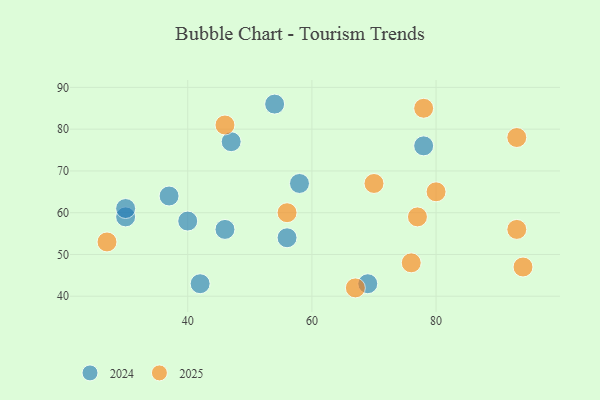
{"axis": {"x": "GDP", "y": "Life Expectancy"}, "legend": ["2024", "2025"], "data": [{"x": "56", "y": 54, "type": "2024"}, {"x": "46", "y": 56, "type": "2024"}, {"x": "78", "y": 76, "type": "2024"}, {"x": "30", "y": 59, "type": "2024"}, {"x": "42", "y": 43, "type": "2024"}, {"x": "47", "y": 77, "type": "2024"}, {"x": "54", "y": 86, "type": "2024"}, {"x": "40", "y": 58, "type": "2024"}, {"x": "37", "y": 64, "type": "2024"}, {"x": "69", "y": 43, "type": "2024"}, {"x": "30", "y": 61, "type": "2024"}, {"x": "58", "y": 67, "type": "2024"}, {"x": "67", "y": 42, "type": "2025"}, {"x": "70", "y": 67, "type": "2025"}, {"x": "76", "y": 48, "type": "2025"}, {"x": "80", "y": 65, "type": "2025"}, {"x": "93", "y": 78, "type": "2025"}, {"x": "78", "y": 85, "type": "2025"}, {"x": "94", "y": 47, "type": "2025"}, {"x": "77", "y": 59, "type": "2025"}, {"x": "46", "y": 81, "type": "2025"}, {"x": "27", "y": 53, "type": "2025"}, {"x": "93", "y": 56, "type": "2025"}, {"x": "56", "y": 60, "type": "2025"}]}